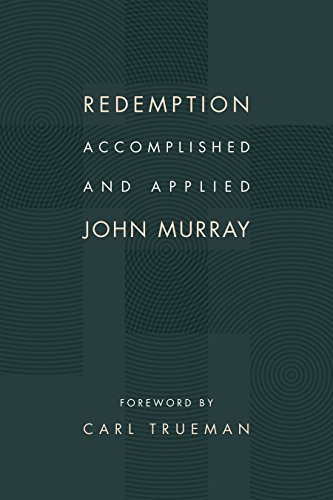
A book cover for Redemption Accomplished and Applied; John Murray; Christian Books & Bibles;